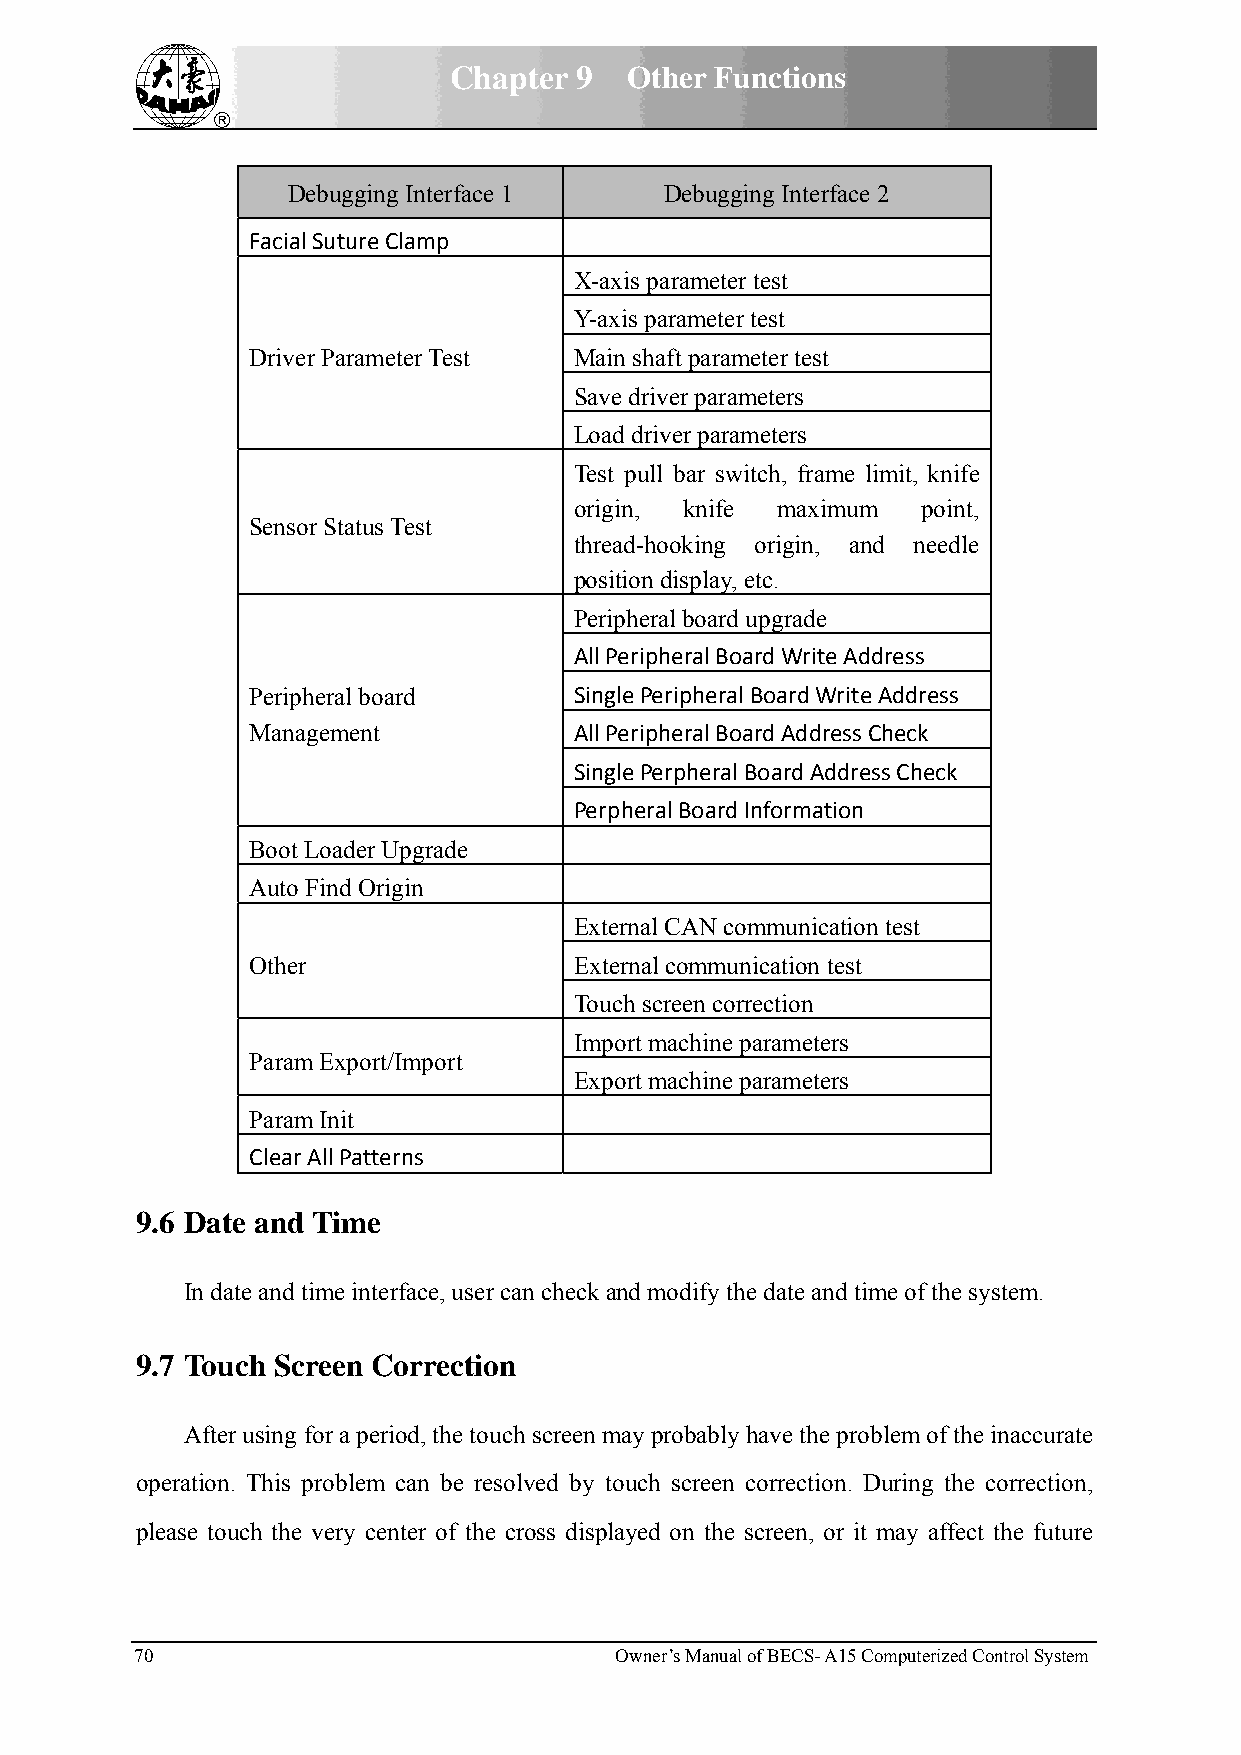
Chapter 9  Other Functions
 Debugging Interface 1    Debugging Interface 2
 Facial Suture Clamp
 X-axis parameter test
 Y-axis parameter test
 Driver Parameter Test Main shaft parameter test
 Save driver parameters
 Load driver parameters
 Test pull bar switch, frame limit, knife
 origin, knife maximum  point,
 Sensor Status Test
 thread-hooking origin, and needle
 position display, etc.
 Peripheral board upgrade
 All Peripheral Board Write Address
 Peripheral board     Single Peripheral Board Write Address
 Management           All Peripheral Board Address Check
 Single Perpheral Board Address Check
 Perpheral Board Information
 Boot Loader Upgrade
 Auto Find Origin
 External CAN communication test
 Other                External communication test
 Touch screen correction
 Import machine parameters
 Param Export/Import
 Export machine parameters
 Param Init
 Clear All Patterns
 9.6 Date and Time
 In date and time interface, user can check and modify the date and time of the system.
 9.7 Touch Screen Correction
 After using for a period, the touch screen may probably have the problem of the inaccurate
 operation. This problem can be resolved by touch screen correction. During the correction,
 please touch the very center of the cross displayed on the screen, or it may affect the future
 70                              Owner’s Manual of BECS- A15 Computerized Control System